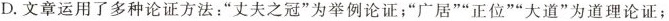
D.文章运用了多种论证方法：”丈夫之冠”为举例论证；”广居””正位””大道”为道理论证；